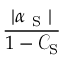
\frac { | \alpha _ { \mathrm { ~ S ~ } } | } { 1 - \mathcal { C } _ { \mathrm { S } } }